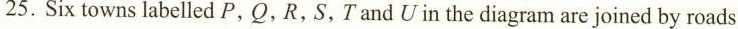
25.Six towns labelled P,Q,R,S,Tand U in the diagram are joined by roads